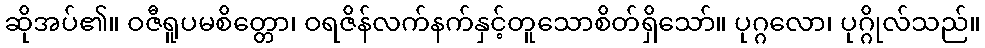
ဆိုအပ်၏။ ဝဇီရူပမစိတ္တော၊ ဝရဇိန်လက်နက်နှင့်တူသောစိတ်ရှိသော်။ ပုဂ္ဂလော၊ ပုဂ္ဂိုလ်သည်။